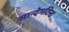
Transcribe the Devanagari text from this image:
सान्देगटिन्ड